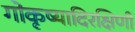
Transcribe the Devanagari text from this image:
गोकृष्यादिरक्षिणी